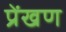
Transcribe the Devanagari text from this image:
प्रेंखण